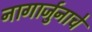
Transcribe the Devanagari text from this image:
नागार्जुनाचे